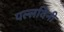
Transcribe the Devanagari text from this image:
पल्लविनी